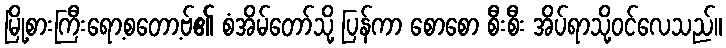
မြို့စားကြီးရော့စတော့ဗ်၏ စံအိမ်တော်သို့ ပြန်ကာ စောစော စီးစီး အိပ်ရာသို့ဝင်လေသည်။